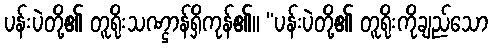
ပန်းပဲတို့၏ တူရိုးသဏ္ဌာန်ရှိကုန်၏။ “ပန်းပဲတို့၏ တူရိုးကိုချည်သော